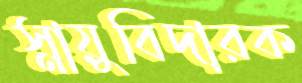
স্নায়ুবিদারক